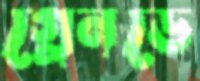
গ্লেনডে